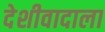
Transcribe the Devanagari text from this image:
देशीवादाला